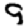
Digit: 9